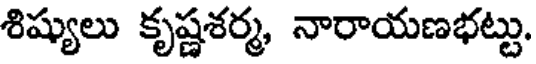
శిష్యులు కృష్ణశర్మ, నారాయణభట్టు.